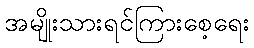
အမျိုးသားရင်ကြားစေ့ရေး